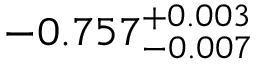
- 0 . 7 5 7 _ { - 0 . 0 0 7 } ^ { + 0 . 0 0 3 }